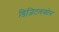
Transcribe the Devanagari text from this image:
डिजिटलफोन